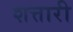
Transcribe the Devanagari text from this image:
शत्तारी